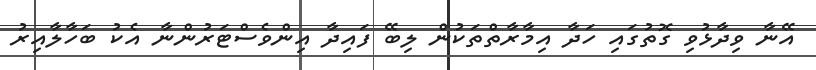
އޭނާ ވިދާޅުވި ގޮތުގައި ހަދާ އިމާރާތްތަކުން ލިބޭ ފައިދާ އިންވެސްޓަރުންނާ އެކު ބަހާލާއިރު